Annual administration report of the Civil Veterinary Department of India - 1907-1908
Year: 1907
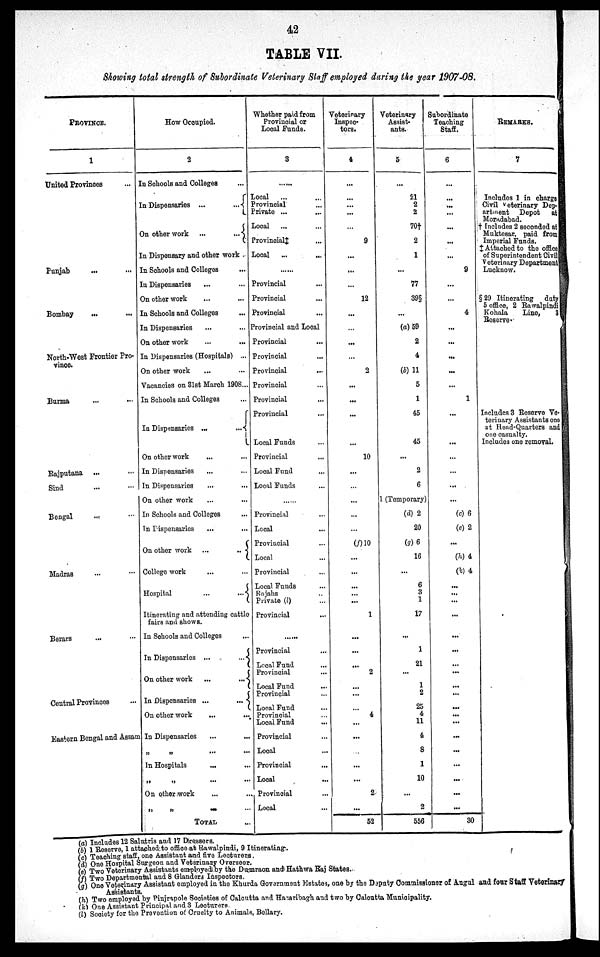
42
TABLE VII.
Showing total strength of Subordinate Veterinary Staff employed during the year 1907-08.
PROVINCE.
1
United Provinces ...
Punjab ... ...
Bombay ... ...
North-West Frontier Pro-
vince.
Burma ... ...
Rajputana ... ...
Sind ... ...
Bengal ... ...
Madras ... ...
Berars ... ...
Central Provinces ...
Eastern Bengal and Assam
How Occupied.
2
In Schools and Colleges ...
In Dispensaries ...
...
On other work ...
...
In Dispensary and other work .
In Schools and Colleges ... ...
In Dispensaries ... ...
On other work ... ...
In Schools and Colleges ...
In Dispensaries ... ...
On other work
...
...
In Dispensaries (Hospitals) ...
On other work ... ...
Vacancies on 31st March 1908...
In Schools and Colleges ...
In Dispensaries
...
...
On other work ... ...
In Dispensaries ... ...
In Dispensaries ... ...
On other work ... ...
In Schools and Colleges ...
In Dispensaries ... ...
On other work ...
...
College work ... ...
Hospital
...
...
Itinerating and attending cattle
fairs and shows.
In Schools and Colleges ...
In Dispensaries ...
...
On other work
...
...
In Dispensaries ...
...
On other work ... ...
In Dispensaries ... ...
„
„
... ...
In Hospitals ... ...
„ „ ... ...
On other work ... ...
„ „ ... ...
TOTAL ...
Whether paid from
Provincial or
Local Funds.
3
......
local ... ...
Provincial ... ...
Private ... ...
Local
... ...
Provincial‡ ...
Local
...
...
......
Provincial ...
Provincial ...
Provincial ...
Provincial and Local
Provincial ...
Provincial ...
Provincial ...
Provincial ...
Provincial ...
Provincial ...
Local Funds ...
Provincial ...
Local Fund ...
Local Funds ...
......
Provincial ...
Local ...
Provincial ...
Local ...
Provincial ...
Local Funds ...
Rajahs ...
Private (l) ...
Provincial ...
... ...
Provincial ...
Local Fund ...
Provincial ...
Local Fund ...
Provincial ...
Local Fund ...
Provincial ...
Local Fund ...
Provincial ...
Local ...
Provincial ...
Local ...
Provincial ...
Local ...
Veterinary
Inspec-
tors.
4
...
...
...
...
...
9
...
...
...
12
...
...
...
...
2
...
...
...
...
10
...
...
...
...
...
(f ) 10
...
...
...
...
...
1
...
...
... 2
...
...
...
4
...
...
...
...
...
2
...
52
Veterinary
Assist-
ants.
5
...
21
2
2
70†
2
1
...
77
39§
...
(a) 59
2
4
(b) 11
5
1
45
45
...
2
6
1 (Temporary)
(d) 2
20
(g) 6
16
...
6
3
1
17
...
1
21
...
1
2
25
4
11
4
8
1
10
...
2
556
Subordinate
Teaching
Staff.
6
...
...
...
...
...
...
...
9
...
...
4
...
...
...
...
...
1
...
...
...
...
...
...
(c) 6
(e) 2
...
(h) 4
(k) 4
...
...
...
...
...
...
...
...
...
...
...
...
...
...
...
...
...
...
...
30
REMARKS.
7
Includes 1 in charge
Civil veterinary Dep-
artment Depot
at
Moradabad.
† Includes 2 seconded at
Muktesar, paid from
Imperial Funds.
‡ Attached to the office
of Superintendent Civil
Veterinary Department
Lucknow.
§ 29 Itinerating
duty
5 office, 2 Rawalpindi
Kohala
Line,
3
Reserve.
Includes 3 Reserve Ve-
terinary Assistants one
at Head-Quarters and
one casualty.
Includes one removal.
(a) Includes 12 Salutris and 17 Dressers.
(b) 1 Reserve, 1 attached to office at Rawalpindi, 9 Itinerating.
(c) Teaching staff, one Assistant and five Lecturers.
(d) One Hospital Surgeon and Veterinary Overseer.
(e) Two Veterinary Assistants employed, by the Dumraon and Hathwa Raj States.
(f) Two Departmental and 8 Glanders Inspectors.
(g) One Veterinary Assistant employed in the Khurda Government Estates, one by the Deputy Commissioner of Angnl and four Staff Veterinary
Assistants.
(h) Two employed by Pinjrapole Societies of Calcutta and Hazaribagh and two by Calcutta Municipality.
(k) One Assistant Principal and 3 Lecturers.
(l) Society for the Prevention of Cruelty to Animals, Bellary.